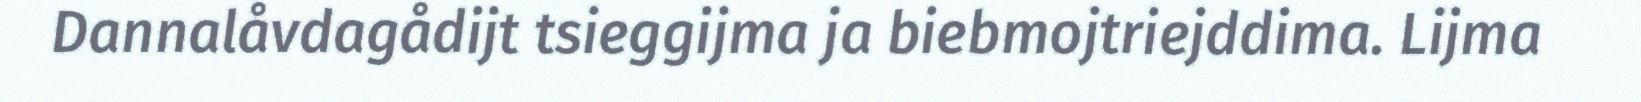
Dannalåvdagådijt tsieggijma ja biebmojtriejddima. Lijma